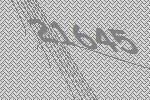
21645